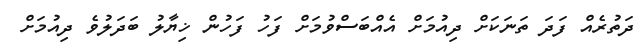
ދަތުރެއް ފަދަ ތަނަކަށް ދިއުމަށް އެއްބަސްވުމަށް ފަހު ފަހުން ޚިޔާލު ބަދަލުވެ ދިއުމަށް